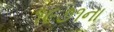
૧૯૭૧ના